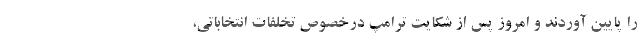
را پایین آوردند و امروز پس از شکایت ترامپ درخصوص تخلفات انتخاباتی،